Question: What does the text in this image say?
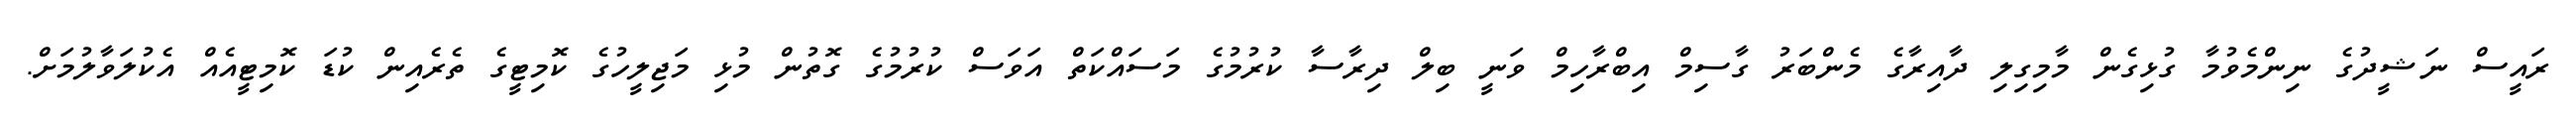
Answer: ރައީސް ނަޝީދުގެ ނިންމެވުމާ ގުޅިގެން މާމިގިލި ދާއިރާގެ މެންބަރު ގާސިމް އިބްރާހިމް ވަނީ ބިލް ދިރާސާ ކުރުމުގެ މަސައްކަތް އަވަސް ކުރުމުގެ ގޮތުން މުޅި މަޖިލީހުގެ ކޮމިޓީގެ ތެރެއިން ކުޑަ ކޮމިޓީއެއް އެކުލަވާލުމަށް.